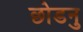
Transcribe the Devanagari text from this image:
छोडनु